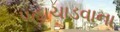
પહાચાડવાના